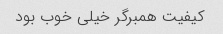
کیفیت همبرگر خیلی خوب بود